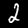
Label: 2